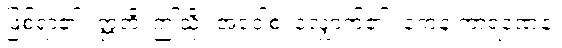
ဖြစ်ရာ၏။ ဣတိ၊ ဤသို့။ အဝေါစ၊ လျှောက်၏။ ကေန ကာရဏေန၊